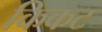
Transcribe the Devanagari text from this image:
किकट